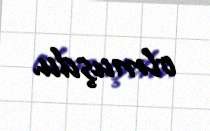
olmuşdu.